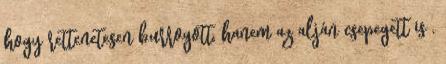
hogy rettenetesen burrogott, hanem az alján csepegett is ,